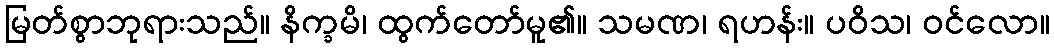
မြတ်စွာဘုရားသည်။ နိက္ခမိ၊ ထွက်တော်မူ၏။ သမဏ၊ ရဟန်း။ ပဝိသ၊ ဝင်လော။